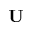
\mathbf { U }